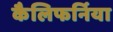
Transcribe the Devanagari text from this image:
कैलिफर्निया